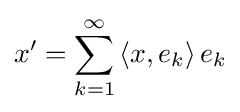
x'=\sum _{k=1}^{\infty }\left\langle x,e_{k}\right\rangle e_{k}